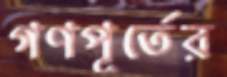
গণপূর্তের